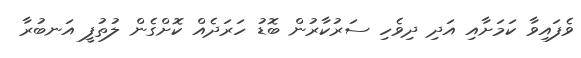
ވެފައިވާ ކަމަށާއި އަދި ދިވެހި ސަރުކާރުން ބޮޑު ހަރަދެއް ކޮށްގެން ލުތުފީ އަނބުރާ